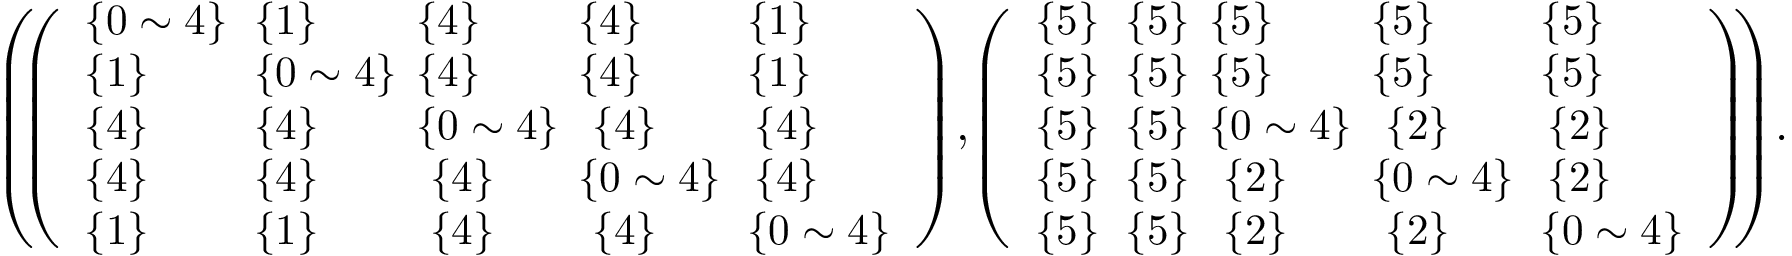
\begin{array} { r } { \small { \left( \! \! \left( \begin{array} { l l l l l } { \{ 0 \sim 4 \} \! } & { \! \! \{ 1 \} \! \! } & { \! \! \{ 4 \} \! \! } & { \! \! \{ 4 \} \! \! } & { \! \{ 1 \} } \\ { \{ 1 \} \! } & { \! \! \{ 0 \sim 4 \} \! \! } & { \! \! \{ 4 \} \! \! } & { \! \! \{ 4 \} \! \! } & { \! \{ 1 \} } \\ { \{ 4 \} \! } & { \! \! \{ 4 \} \! \! } & { \! \! \{ 0 \sim 4 \} \! \! } & { \{ 4 \} } & { \{ 4 \} } \\ { \{ 4 \} \! } & { \! \! \{ 4 \} \! \! } & { \{ 4 \} } & { \! \! \{ 0 \sim 4 \} \! \! } & { \{ 4 \} } \\ { \{ 1 \} \! } & { \! \! \{ 1 \} \! \! } & { \{ 4 \} } & { \{ 4 \} } & { \! \{ 0 \sim 4 \} } \end{array} \right) \! , \! \left( \begin{array} { l l l l l } { \{ 5 \} \! } & { \! \! \{ 5 \} \! \! } & { \! \! \{ 5 \} \! \! } & { \! \! \{ 5 \} \! \! } & { \! \{ 5 \} } \\ { \{ 5 \} \! } & { \! \! \{ 5 \} \! \! } & { \! \! \{ 5 \} \! \! } & { \! \! \{ 5 \} \! \! } & { \! \{ 5 \} } \\ { \{ 5 \} \! } & { \! \! \{ 5 \} \! \! } & { \! \! \{ 0 \sim 4 \} \! \! } & { \{ 2 \} } & { \{ 2 \} } \\ { \{ 5 \} \! } & { \! \! \{ 5 \} \! \! } & { \{ 2 \} } & { \! \! \{ 0 \sim 4 \} \! \! } & { \{ 2 \} } \\ { \{ 5 \} \! } & { \! \! \{ 5 \} \! \! } & { \{ 2 \} } & { \{ 2 \} } & { \! \{ 0 \sim 4 \} } \end{array} \right) \! \! \right) \! . } } \end{array}